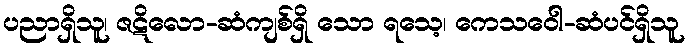
ပညာရှိသူ၊ ဇဋိလော-ဆံကျစ်ရှိ သော ရသေ့၊ ကေသဝေါ-ဆံပင်ရှိသူ